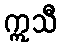
ဣသီ